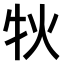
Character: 𤘭